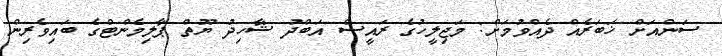
ސަންއަށް ޚަބަރެއް ދެއްވުމަށް: މަޖިލީހުގެ ރައީސް އަބްދު ޝާހިދު ޔޫތް ޕާލިމެންޓްގެ ބައިވެރިން